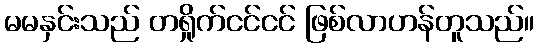
မမနှင်းသည် တရှိုက်ငင်ငင် ဖြစ်လာဟန်တူသည်။